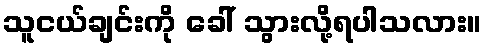
သူငယ်ချင်းကို ခေါ် သွားလို့ရပါသလား။